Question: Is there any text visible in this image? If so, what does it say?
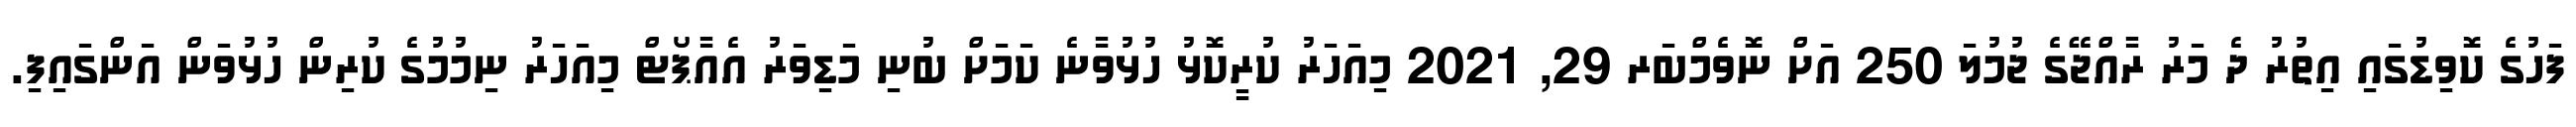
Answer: ފަހުގެ ކޮވިޑުގައި އިތުރު ދެ މަރު ރާއްޖޭގެ ޖުމުލަ 250 އަށް ނޮވެމްބަރ 29, 2021 މިއަހަރު ކުރީކޮޅު ހުޅުވާނެ ކަމަށް ބުނި މަޑިވަރު އެއާޕޯޓް މިއަހަރު ނިމުމުގެ ކުރިން ހުޅުވަން އަންގައިފި.